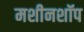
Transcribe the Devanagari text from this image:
मशीनशॉप